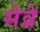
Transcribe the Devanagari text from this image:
सेव्रे